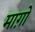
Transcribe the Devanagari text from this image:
माग़ो